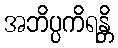
အဘိပ္ပကိရန္တိ